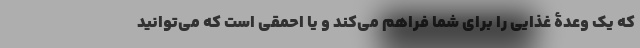
که یک وعدۀ غذایی را برای شما فراهم می‌کند و یا احمقی است که می‌توانید